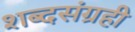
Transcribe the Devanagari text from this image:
शब्दसंग्रही